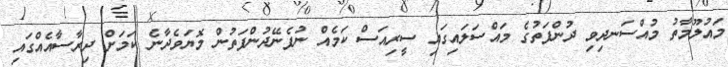
މައުލޫމާތު މުއްސަނދިވި ދުންފަތުގެ މައްސަލައިގައި ސީރިއަސް ކަމެއް ނުފެނޭދުންފަތުން މޮޔަވެދާނެ ކަމަށް ދިރާސާއެއްގައި